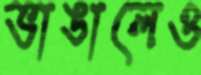
ভাঙালেও